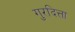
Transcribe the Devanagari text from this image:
गुरदित्ता